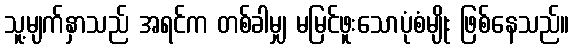
သူ့မျက်နှာသည် အရင်က တစ်ခါမျှ မမြင်ဖူးသောပုံစံမျိုး ဖြစ်နေသည်။